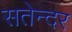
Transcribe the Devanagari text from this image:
सतेन्दर